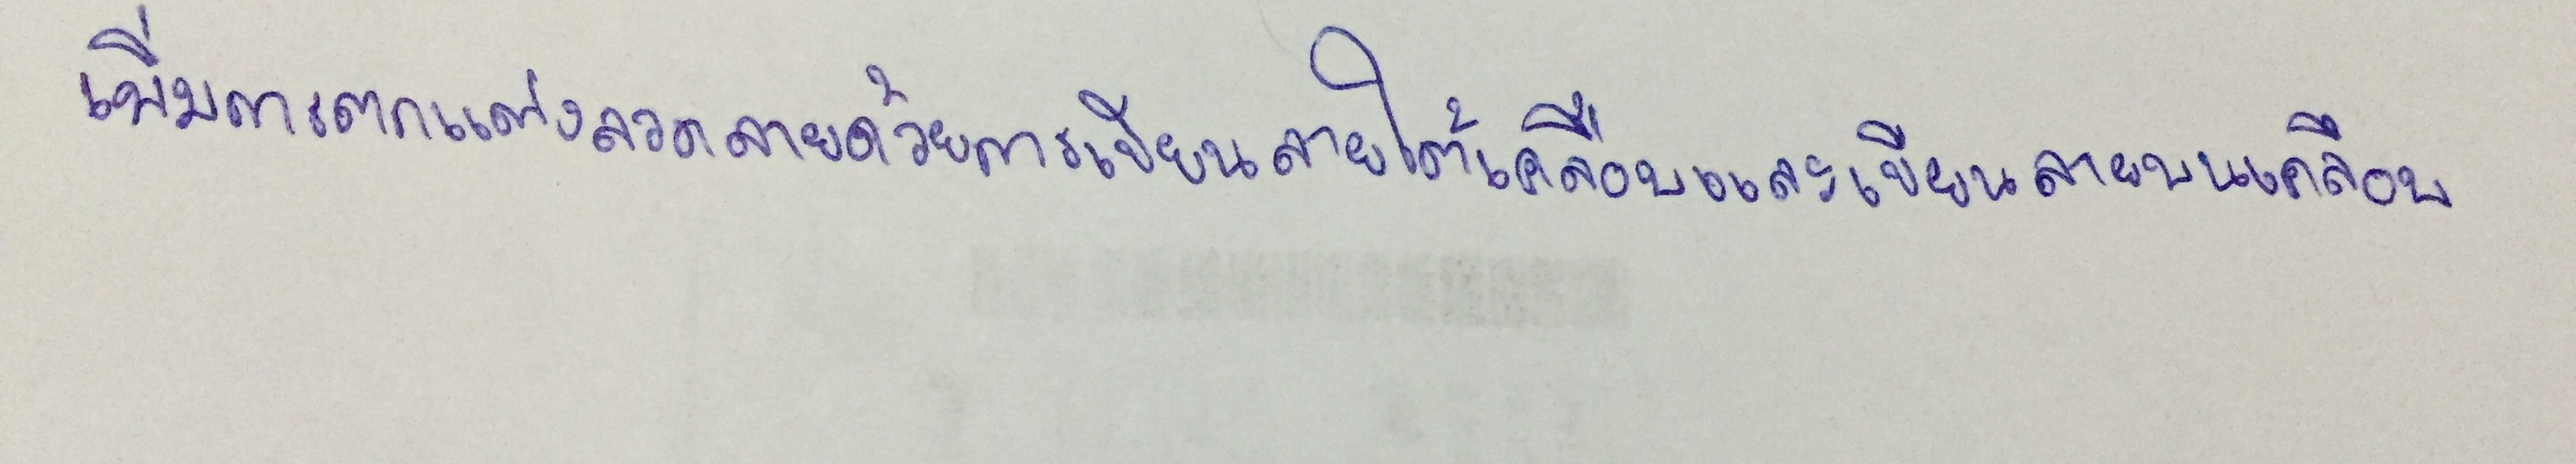
เพิ่มการตกแต่งลวดลายด้วยการเขียนลายใต้เคลือบและเขียนลายบนเคลือบ